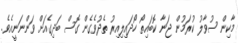
މާކިން ސުވާލު ކުރަމުން ޖަނާ ކޮބައިތޯ ހޯދައިލިއިރު ތެދުވެގެން ގޮސް ބަދިގެއަށް ވަންނަނީއެވެ.